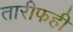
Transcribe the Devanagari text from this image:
तारीफही